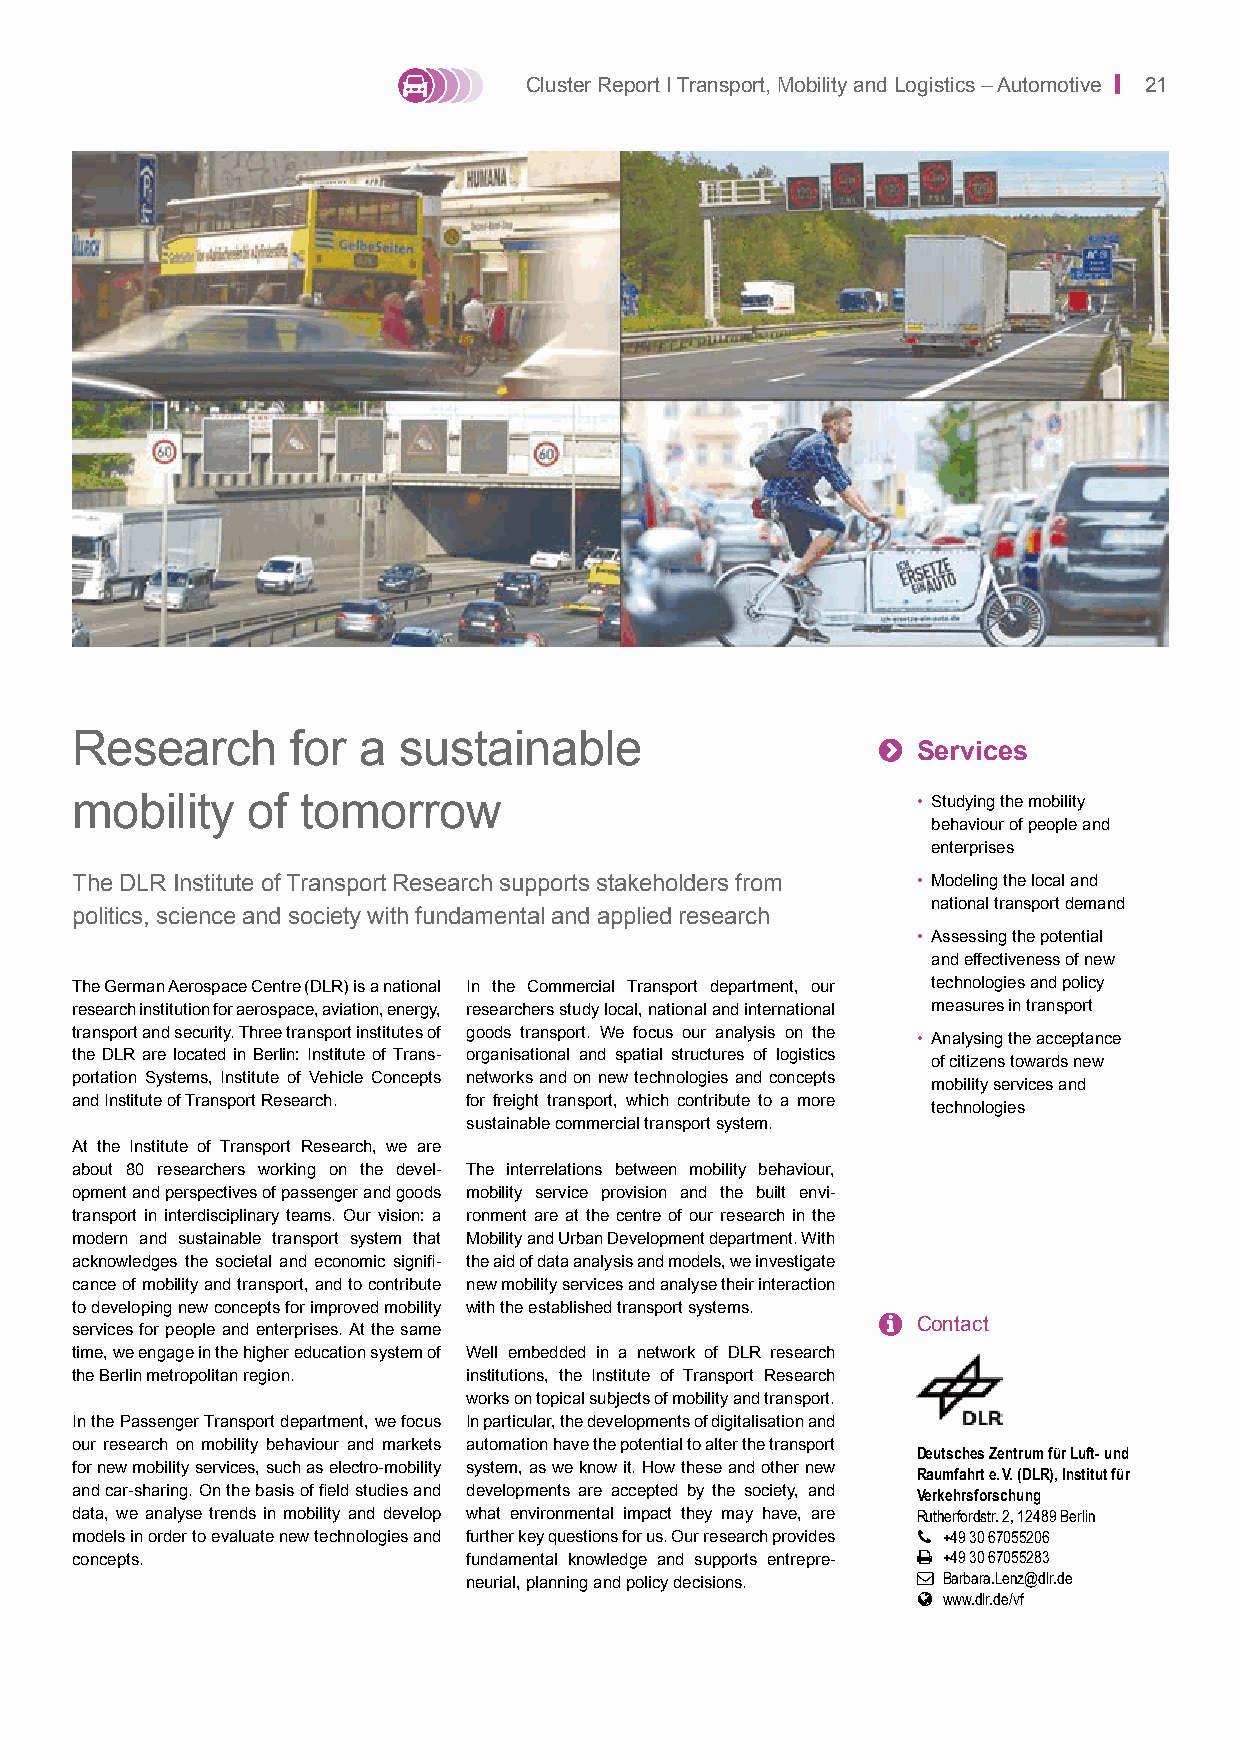
Cluster Report I Transport, Mobility and Logistics – Automotive | 21
 Research      for  a sustainable                     
 Services
 mobility   of  tomorrow                                 • Studying the mobility
 behaviour of people and
 enterprises
 The DLR Institute of Transport Research supports stakeholders from • Modeling the local and
 national transport demand
 politics, science and society with fundamental and applied research
 • Assessing the potential
 and effectiveness of new
 The German Aerospace Centre (DLR) is a national In the Commercial Transport department, our technologies and policy
 research institution for aerospace, aviation, energy, researchers study local, national and international measures in transport
 transport and security. Three transport institutes of goods transport. We focus our analysis on the
 • Analysing the acceptance
 the DLR are located in Berlin: Institute of Trans- organisational and spatial structures of logistics
 of citizens towards new
 portation Systems, Institute of Vehicle Concepts networks and on new technologies and concepts
 mobility services and
 and Institute of Transport Research. for freight transport, which contribute to a more
 technologies
 sustainable commercial transport system.
 At the Institute of Transport Research, we are
 about 80 researchers working on the devel- The interrelations between mobility behaviour,
 opment and perspectives of passenger and goods mobility service provision and the built envi-
 transport in interdisciplinary teams. Our vision: a ronment are at the centre of our research in the
 modern and sustainable transport system that Mobility and Urban Development department. With
 acknowledges the societal and economic signifi- the aid of data analysis and models, we investigate
 cance of mobility and transport, and to contribute new mobility services and analyse their interaction
 to developing new concepts for improved mobility with the established transport systems.
   Contact
 services for people and enterprises. At the same
 time, we engage in the higher education system of Well embedded in a network of DLR research
 the Berlin metropolitan region. institutions, the Institute of Transport Research
 works on topical subjects of mobility and transport.
 In the Passenger Transport department, we focus In particular, the developments of digitalisation and
 our research on mobility behaviour and markets automation have the potential to alter the transport
 Deutsches Zentrum für Luft- und
 for new mobility services, such as electro-mobility system, as we know it. How these and other new Raumfahrt e. V. (DLR), Institut für
 and car-sharing. On the basis of field studies and developments are accepted by the society, and Verkehrsforschung
 data, we analyse trends in mobility and develop what environmental impact they may have, are Rutherfordstr. 2, 12489 Berlin
 models in order to evaluate new technologies and further key questions for us. Our research provides  +49 30 67055206
 concepts.                 fundamental knowledge and supports entrepre-  +49 30 67055283
 neurial, planning and policy decisions.  Barbara.Lenz@dlr.de
  www.dlr.de/vf